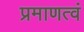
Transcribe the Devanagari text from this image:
प्रमाणत्वं